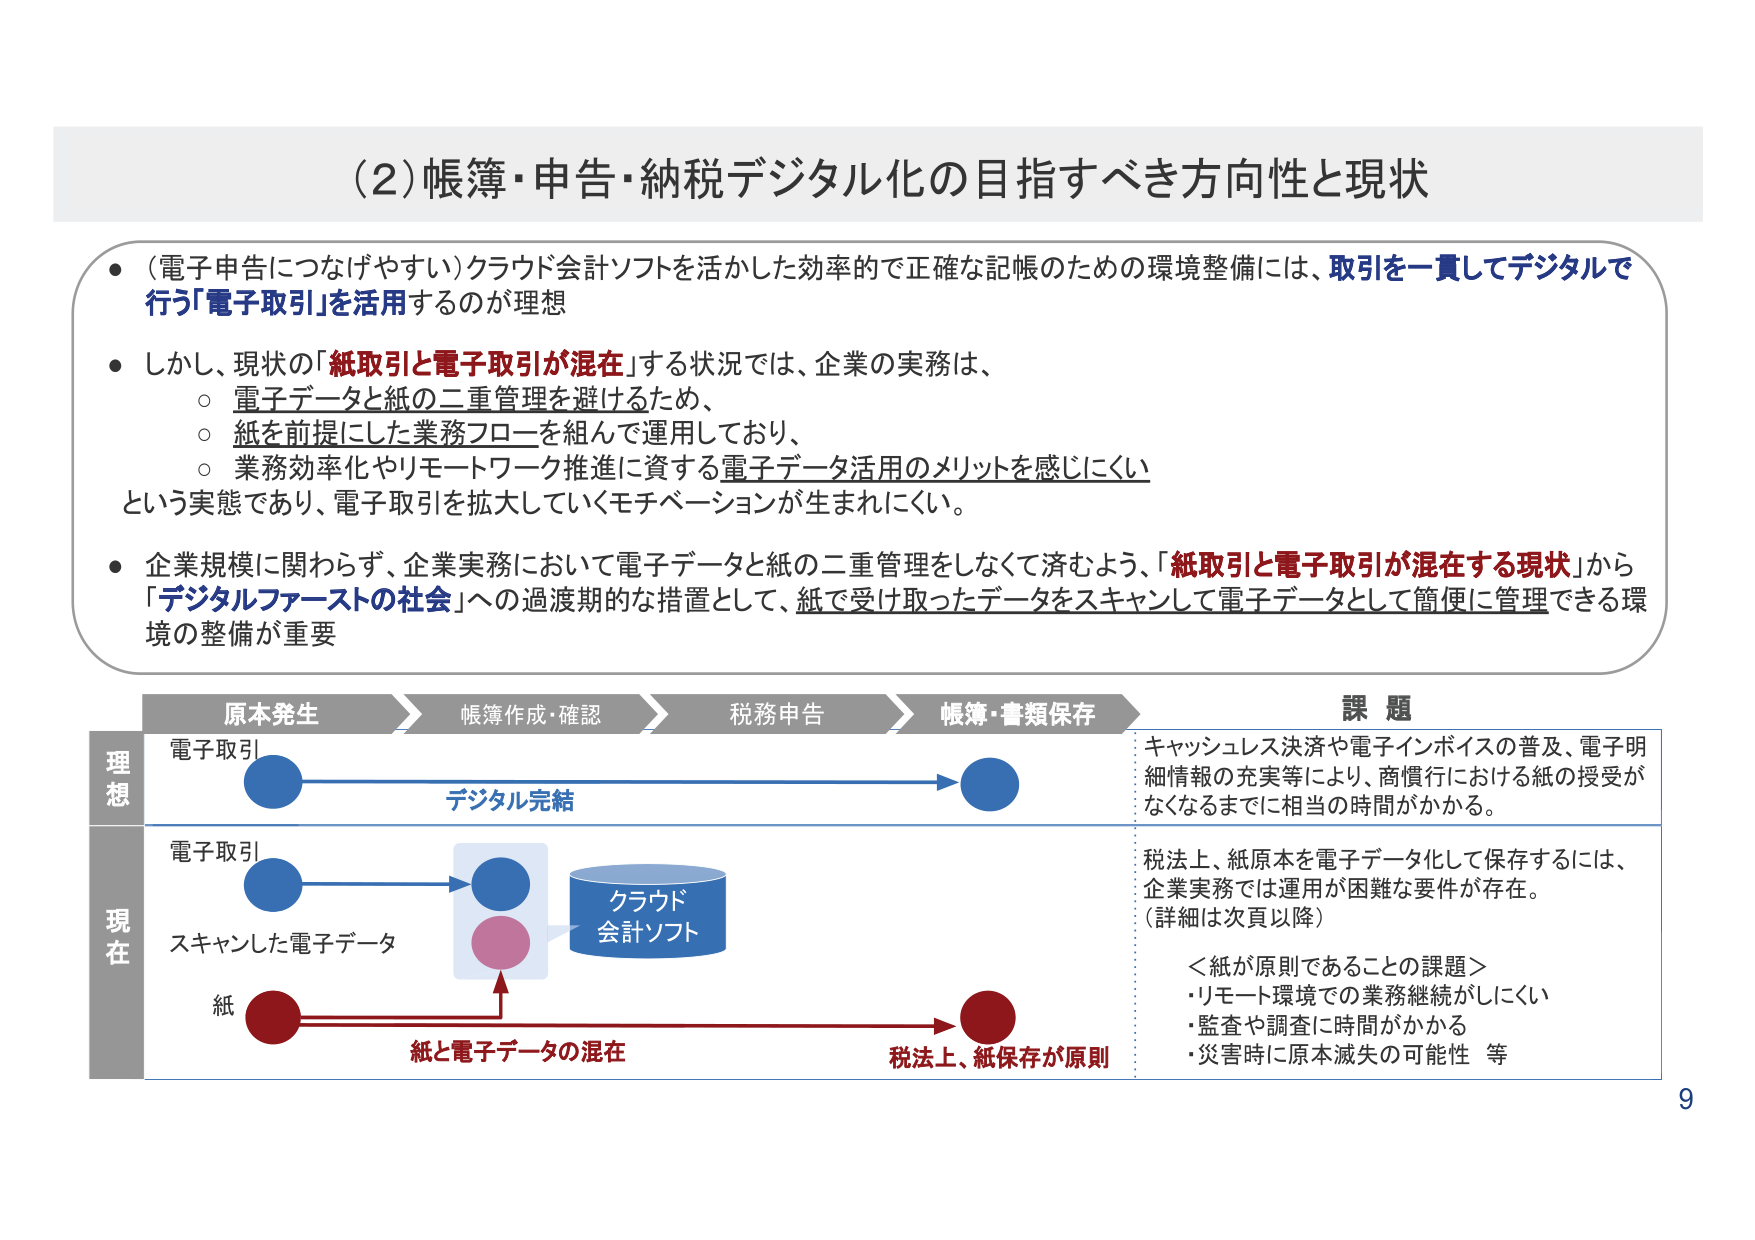
(2) 帳簿・申告・納税デジタル化の目指すべき方向性と現状

● (電子申告につなげやすい)クラウド会計ソフトを活かした効率的で正確な記帳のための環境整備には、取引を一貫してデジタルで行う「電子取引」を活用するのが理想

● しかし、現状の「紙取引と電子取引が混在」する状況では、企業の実務は、
○ 電子データと紙の二重管理を避けるため、
○ 紙を前提にした業務フローを組んで運用しており、
○ 業務効率化やリモートワーク推進に資する電子データ活用のメリットを感じにくい
という実態であり、電子取引を拡大していくモチベーションが生まれにくい。

● 企業規模に関わらず、企業実務において電子データと紙の二重管理をしなくて済むよう、「紙取引と電子取引が混在する現状」から「デジタルファーストの社会」への過渡期的な措置として、紙で受け取ったデータをスキャンして電子データとして簡便に管理できる環境の整備が重要

原本発生 → 帳簿作成・確認 → 税務申告 → 帳簿・書類保存

課題

理想
電子取引
デジタル完結
ギャッシュレス決済や電子インボイスの普及、電子明細情報の充実等により、商慣行における紙の授受がなくなるまでに相当の時間がかかる。

現在
電子取引
スキャンした電子データ
紙
クラウド会計ソフト
紙と電子データの混在
税法上、紙保存が原則

税法上、紙原本を電子データ化して保存するには、企業実務では運用が困難な要件が存在。（詳細は次頁以降）

＜紙が原則であることの課題＞
・リモート環境での業務継続がしにくい
・監査や調査に時間がかかる
・災害時に原本滅失の可能性 等

9